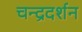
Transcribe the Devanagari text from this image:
चन्द्रदर्शन